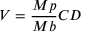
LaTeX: V = { \frac { M p } { M b } } C D